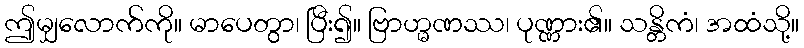
ဤမျှလောက်ကို။ မာပေတွာ၊ ပြီး၍။ ဗြာဟ္မဏဿ၊ ပုဏ္ဏား၏။ သန္တိကံ၊ အထံသို့။